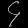
Digit: ၄